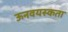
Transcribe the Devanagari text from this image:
ऊनवयस्कता